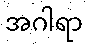
အဂါရာ